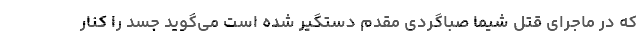
که در ماجرای قتل شیما صباگردی مقدم دستگیر شده است می‌گوید جسد را کنار